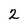
Character: 2